Papaver somniferum - Opium : an extract from the sixth volume of the Dictionary of Economic Products of India
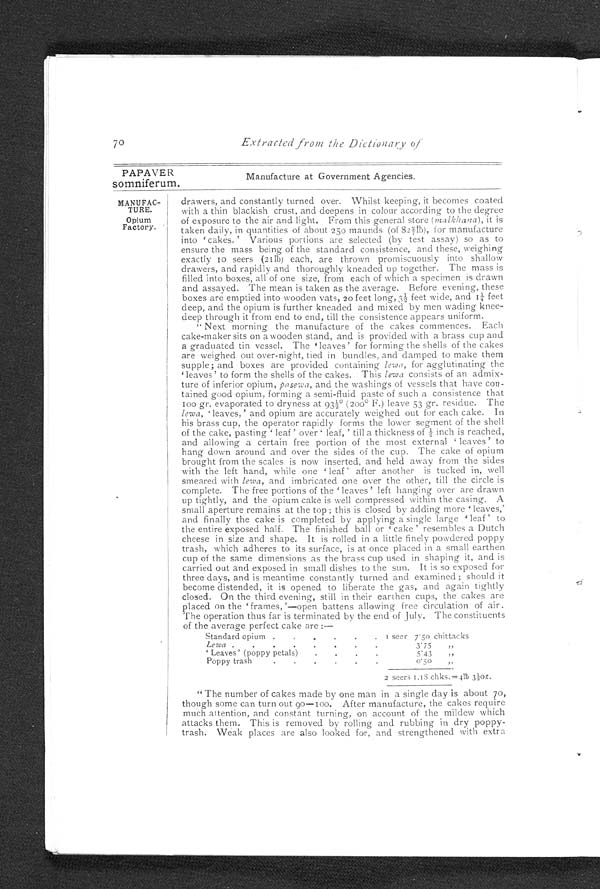
PAPAVER
somniferum.
MANUFAC
-
TURE.
Opium
Factory.
70
Extracted from the Dictionary of
Manufacture at Government Agencies.
drawers, and constantly turned over. Whilst keeping, it becomes coated
with a thin blackish crust, and deepens in colour according to the degree
of exposure to the air and light. From this general store (malkhana) , it is
taken daily, in quantities of about 250 maunds (of 82 2/7lb), for manufacture
into 'cakes. ' Various portions are selected (by test assay) so as to
ensure the mass being of the standard consistence, and these, weighing
exactly to seers (21lb) each, are thrown promiscuously into shallow
drawers, and rapidly and thoroughly kneaded up together. The mass is
filled into boxes, all of one size, from each of which a specimen is drawn
and
assayed.
T h e m e a n i s t a k e n a s t h e a v e r a g e . B e f o r e e v e n i n g , t h e s eb
o x e s a r e e m p t i e d i n t o w o o d e n v a t s ,2
0
f e e t l o n g , 3 ½ f e e t w i d e , a n d 1 ¼ f e e t
deep, and the opium is further kneaded and mixed by men wading knee-
deep through it from end to end, till the consistence appears uniform.
" Next morning the manufacture of the cakes commences. Each
cake-maker sits on a wooden stand, and is provided with a brass cup and
a graduated tin vessel. The 'leaves' for forming the shells of the cakes
are weighed out over-night, tied in bundles, and damped to make them
supple; and boxes are provided containing lewa, for agglutinating the
leaves' to form the shells of the cakes. This lewa consists of an admix-
-ture of inferior opium, pasewa, and the washings of vessels that have con
-tained good opium, forming a semi-fluid paste of such a consistence that
100 gr. evaporated to dryness at 93½° (200° F.) leave 53 gr . residue. The
lewa, 'l e a v e s , ' a n d o p i u m a r e a c c u r a t e l y w e i g h e d o u t f o r e a c h c a k e . I n
his brass cup, the operator rapidly forms the lower segment of the shell
of the cake, pasting ' leaf' over' leaf, ' till a thickness of ½ inch is reached,
and allowing a certain free portion of the most external 'leaves' to
hang down around and over the sides of the cup. The cake of opium
brought from the scales is now inserted, and held away from the sides
with the left hand, while one 'leaf ' after another is tucked in, well
smeared with lewa, and imbricated one over the other, till the circle is
complete. The free portions of the 'leaves' left hanging over are drawn
up tightly, and the opium cake is well compressed within the casing. A
small aperture remains at the top; this is closed by adding more 'leaves,'
and finally the cake is completed by applying a single large 'leaf' to
the entire exposed half. The finished ball or 'cake' resembles a Dutch
cheese in size and shape. It is rolled in a little finely powdered poppy
trash, which adheres to its surface, is at once placed in a small earthen
cup of the same dimensions as the brass cup used in shaping it, and is
carried out and exposed in small dishes to the sun. It is so exposed for
three days, and is meantime constantly turned and examined ; should it
become distended, it is opened to liberate the gas, and again tightly
closed. On the third evening, still in their earthen cups, the cakes are
placed on the 'frames, '—open battens allowing free circulation of air.
The operation thus far is terminated by the end of July. The constituents
of the average perfect cake are :—
Standard opium . . .
1 seer 7.50 chittacks
Lewa . . .
3.75
,,
' Leaves' (poppy petals)
. . .
5.43
,,
Poppy trash . . .
0.50
„
2 seers 1.18 chks.=4lb 3½oz.
" The number of cakes made by one man in a single day is about 70,
though some can turn out 90–100. After manufacture, the cakes require
much attention, and constant turning, on account of the mildew which
attacks them. This is removed by rolling and rubbing in dry poppy
-trash. Weak places are also looked for, and strengthened with extra